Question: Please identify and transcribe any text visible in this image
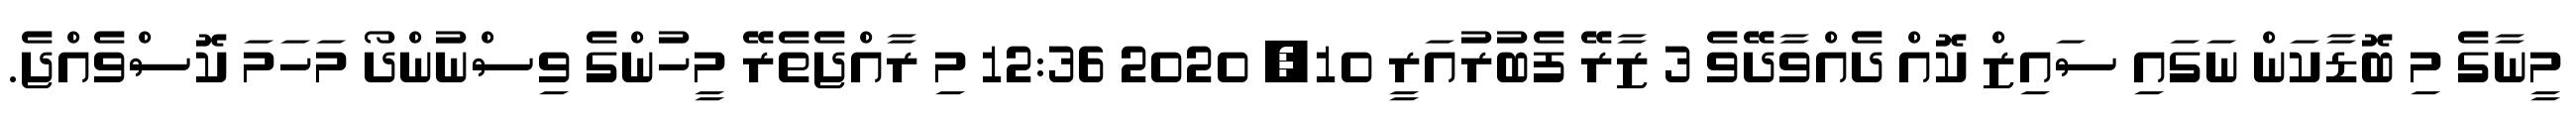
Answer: މީނާގެ މި ބޮޑާކަން ނަގައި ސައިޒް ކޮއް ދެއްވާދޭވެ 3 ޒާރޭ ފެބުރުއަރީ 10, 2020 12:36 މި ރާއްޖެތެރޭ މީހުންގެ ވިސްނުންދޯ މަހަމަ ކޮސްވެއްޖެ.